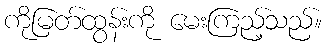
ကိုမြတ်ထွန်းကို မေးကြည့်သည်။